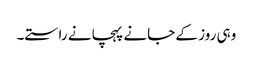
وہی روز کے جانے پہچانے راستے۔